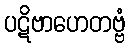
ပဋိဗာဟေတဗ္ဗံ